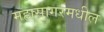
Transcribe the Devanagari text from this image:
महासागरमधील